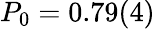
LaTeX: P_{0}=0.79(4)